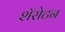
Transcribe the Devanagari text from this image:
शॅरोटन